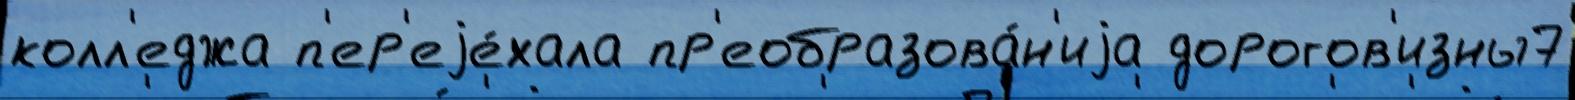
колл'еджа п'ер'еjе́хала пр'еобразова́н'иjа дорогов'изны7